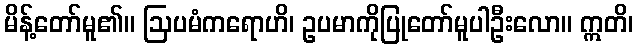
မိန့်တော်မူ၏။ ဩပမံကရောဟိ၊ ဥပမာကိုပြုတော်မူပါဦးလော။ ဣတိ၊